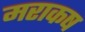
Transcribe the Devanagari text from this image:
मराकष